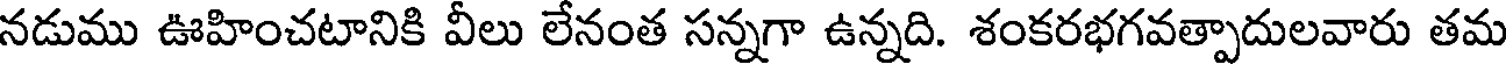
నడుము ఊహించటానికి వీలు లేనంత సన్నగా ఉన్నది. శంకరభగవత్పాదులవారు తమ